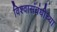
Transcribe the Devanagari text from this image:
विश्वासंबंधीच्या